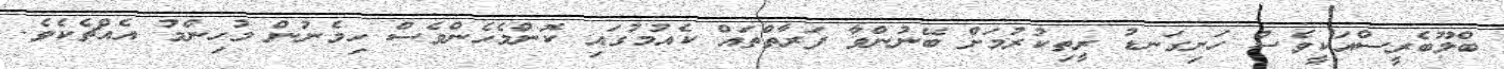
ބްލޫބެރީސްއަކީވެސް ހަށިގަނޑު ރީތިކުރުމަށް ބޭނުންވާ ފަރާތްތައް ކެއުމުގައި ކޮންމެހެންވެސް ހިމެނުން މުހިންމު އެއްޗެކެވެ.